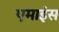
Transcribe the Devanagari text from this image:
एमाइंस